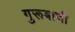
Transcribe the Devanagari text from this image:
गुरूबाणी